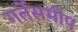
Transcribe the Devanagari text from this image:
गर्तेसमीप